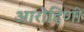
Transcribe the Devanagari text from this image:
आरोहिणी